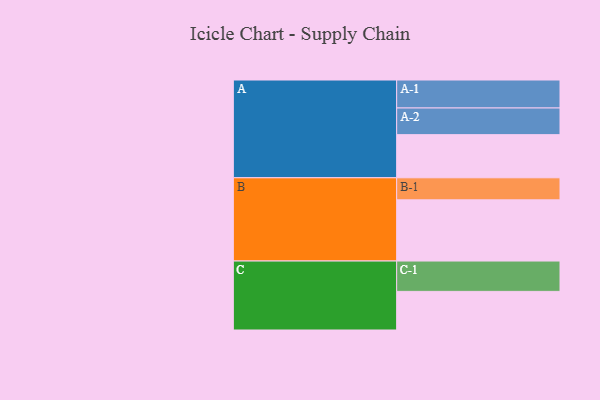
{"axis": {"x": "Segment", "y": "Value"}, "legend": ["", "A", "B", "C"], "data": [{"x": "A", "y": 401, "type": ""}, {"x": "B", "y": 569, "type": ""}, {"x": "C", "y": 359, "type": ""}, {"x": "A-1", "y": 260, "type": "A"}, {"x": "A-2", "y": 248, "type": "A"}, {"x": "B-1", "y": 205, "type": "B"}, {"x": "C-1", "y": 282, "type": "C"}]}